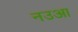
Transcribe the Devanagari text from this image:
नउआ